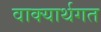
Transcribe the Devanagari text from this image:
वाक्यार्थगत